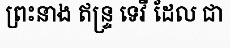
ព្រះនាង ឥន្ទ្រ ទេវី ដែល ជា